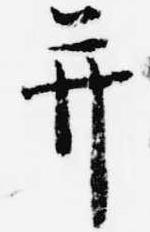
并